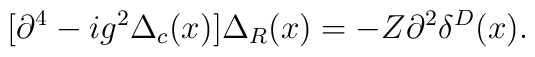
[\partial^4 -ig^2\Delta_c(x)]\Delta_R(x) = -Z\partial^2\delta^D(x).